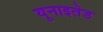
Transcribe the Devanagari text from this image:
यूनाइतेड